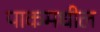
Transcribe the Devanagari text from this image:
पाकमधील